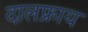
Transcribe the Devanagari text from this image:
दालफ्राय